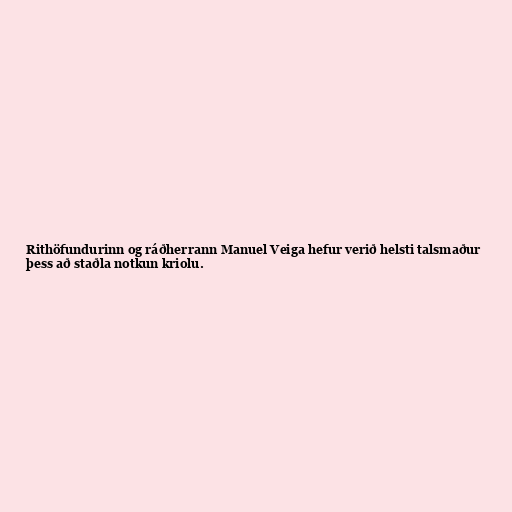
Rithöfundurinn og ráðherrann Manuel Veiga hefur verið helsti talsmaður
þess að staðla notkun kriolu.